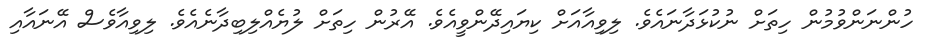
ހުންނަންވުމުން ހިތަށް ނުކުޅަދާނައެވެ. ލިވިއާއަށް ކިޔައިދޭންވީއެވެ. އޭރުން ހިތަށް ލުޔެއްލިބިދާނެއެވެ. ލިވިއާވެސް އޭނައާއި